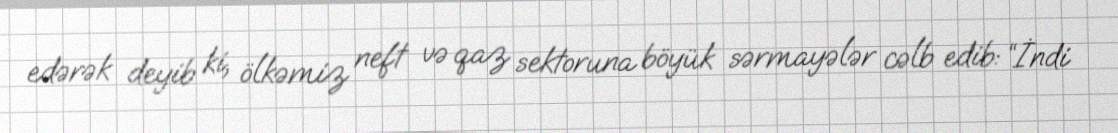
edərək deyib ki, ölkəmiz neft və qaz sektoruna böyük sərmayələr cəlb edib: “İndi